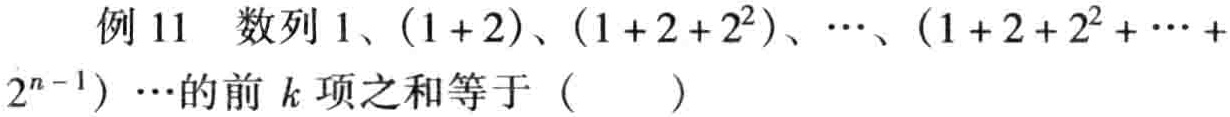
例 11 数列 \(1\)、\((1 + 2)\)、\((1 + 2 + 2^{2})\)、\(\cdots\)、\((1 + 2 + 2^{2} + \cdots + 2^{n - 1})\cdots\)的前 \(k\) 项之和等于（  ）